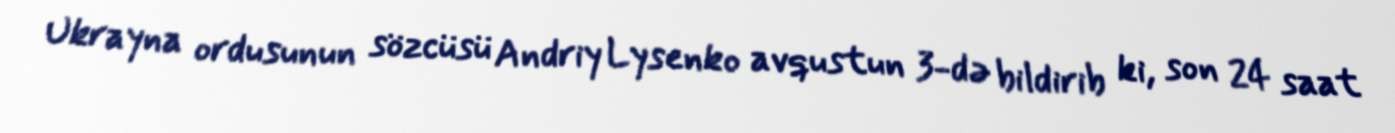
Ukrayna ordusunun sözcüsü Andriy Lysenko avqustun 3-də bildirib ki, son 24 saat